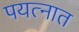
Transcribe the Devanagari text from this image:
पयत्नात